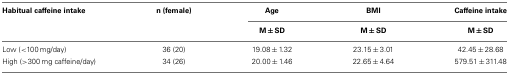
<table><thead><tr><td><b>Habitual caffeine intake</b></td><td><b>n (female)</b></td><td><b>Age</b></td><td><b>BMI</b></td><td><b>Caffeine intake</b></td></tr><tr><td></td><td></td><td><b>M ± SD</b></td><td><b>M ± SD</b></td><td><b>M ± SD</b></td></tr></thead><tbody><tr><td>Low (&lt;100 mg/day)</td><td>36 (20)</td><td>19.08 ± 1.32</td><td>23.15 ± 3.01</td><td>42.45 ± 28.68</td></tr><tr><td>High (&gt;300 mg caffeine/day)</td><td>34 (26)</td><td>20.00 ± 1.46</td><td>22.65 ± 4.64</td><td>579.51 ± 311.48</td></tr></tbody></table>